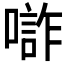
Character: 𱔧